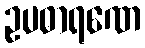
ဥပဓာရဏေ